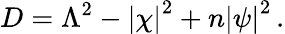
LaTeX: D=\Lambda^{2}-\left|\chi\right|^{2}+n\left|\psi\right|^{2}\, .